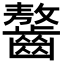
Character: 𪙠